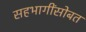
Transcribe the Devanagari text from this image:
सहभागींसोबत